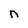
Character: n